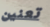
تعنين